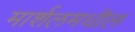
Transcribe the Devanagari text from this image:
मार्शलमधील